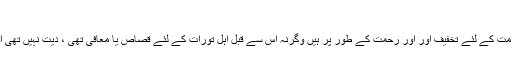
‘‘(الرحمٰن ۶۰)
قصاص ، معافی یا دیت یہ تین صورتیں اللہ تعالیٰ کی طرف سے خاص طور پر اس امت کے لئے تخفیف اور اور رحمت کے طور پر ہیں وگرنہ اس سے قبل اہل تورات کے لئے قصاص یا معافی تھی ، دیت نہیں تھی اور اہل انجیل کے لئے (عیسائیوں)میں صرف معافی ہی تھی، قصاص تھا نہ ہی دیت ۔